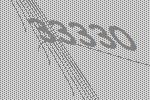
33330